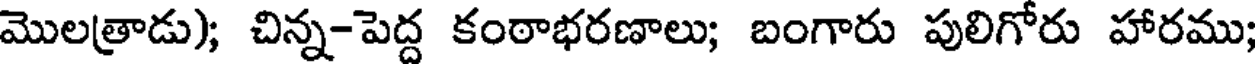
మొలత్రాడు); చిన్న-పెద్ద కంఠాభరణాలు; బంగారు పులిగోరు హారము;